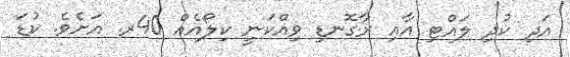
އަދި ކުދި ލައްޓި އާއި ރާގޮނޑި ވިއްކަނީ ކިލޯއެއް 40ރ. އަށެވެ. ކުޑަ